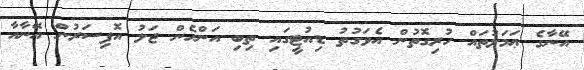
އޭނާގެ ޢަމަލުތައް ހުރިގޮތުން އެވަގުތު ޑިއުޓީގައި ތިބި އަންހެން ޖަލު އޮފިސަރުން އޭނާއާ